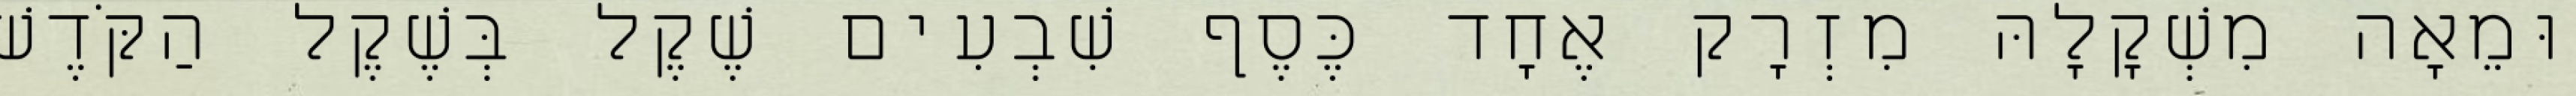
וּמֵאָה מִשְׁקָלָהּ מִזְרָק אֶחָד כֶּסֶף שִׁבְעִים שֶׁקֶל בְּשֶׁקֶל הַקֹּדֶשׁ